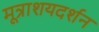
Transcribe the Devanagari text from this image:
मूत्राशयदर्शन